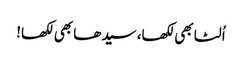
اُلٹا بھی لکھا، سیدھا بھی لکھا!